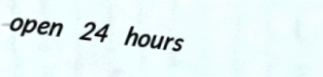
open 24 hours